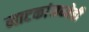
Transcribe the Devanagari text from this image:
नाटकांमध्येही